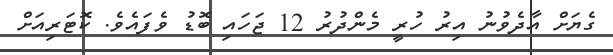
ގެޔަށް އާދެވުނު އިރު ހުރީ މެންދުރު 12 ޖަހައި ބޮޑު ވެފައެވެ. ކޮޓަރިއަށް